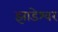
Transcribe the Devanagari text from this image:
झाडेश्वर